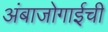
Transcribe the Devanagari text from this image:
अंबाजोगाईची